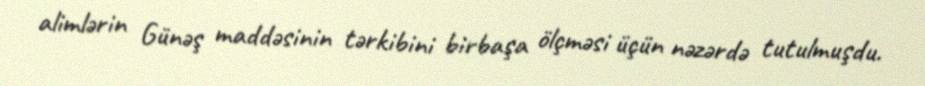
alimlərin Günəş maddəsinin tərkibini birbaşa ölçməsi üçün nəzərdə tutulmuşdu.